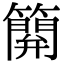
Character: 𥴥